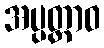
အပ္ပတ္တာဝ